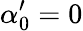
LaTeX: \alpha_{0}^{\prime}=0